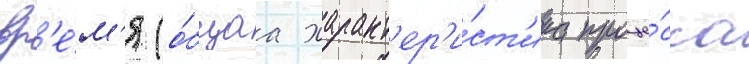
вр'е́м'я (о́бщаа характ'ер'и́ст'ика проце́сса